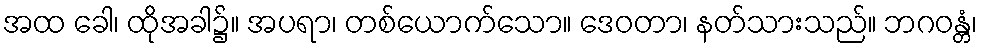
အထ ခေါ၊ ထိုအခါ၌။ အပရာ၊ တစ်ယောက်သော။ ဒေဝတာ၊ နတ်သားသည်။ ဘဂဝန္တံ၊